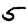
Digit: 5